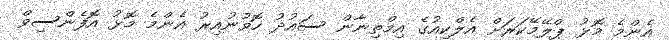
އެންމެ މޮޅު ޕްލޭމޭކަރަށް އެލްކިއުގެ އިމްތިނާން ސައުދު ހޮވުނުއިރު އެންމެ މޮޅު އޮފެންސިވް